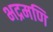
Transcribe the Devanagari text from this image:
भद्रमणि